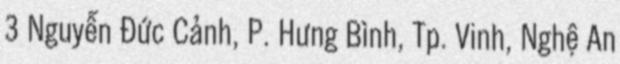
3 Nguyễn Đức Cảnh, P. Hưng Bình, Tp. Vinh, Nghệ An